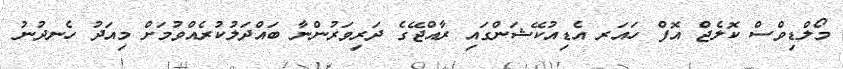
މޯލްޑިވްސް ކޮލެޖް އޮފް ހައަރ އެޑިއުކޭޝަންގައި ރާއްޖޭގެ ދަރިވަރުންނާ ބައްދަލުކުރެއްވުމަށް މިއަދު ހެނދުނު